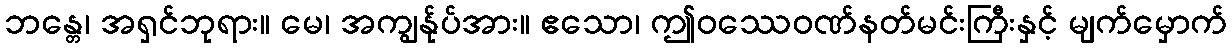
ဘန္တေ၊ အရှင်ဘုရား။ မေ၊ အကျွန်ုပ်အား။ ဧသော၊ ဤဝဿေဝဏ်နတ်မင်းကြီးနှင့် မျက်မှောက်